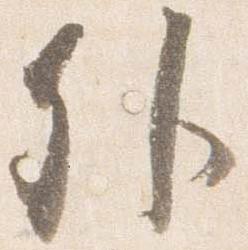
外